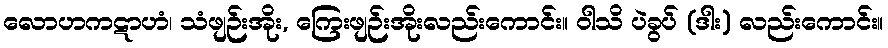
လောဟကဋာဟံ၊ သံဖျဉ်းအိုး, ကြေးဖျဉ်းအိုးလည်းကောင်း။ ဝါသိ ပဲခွပ် (ဒါး) လည်းကောင်း။